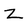
Character: Z